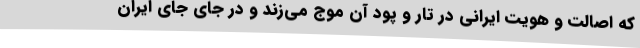
که اصالت و هویت ایرانی در تار و پود آن موج می‌زند و در جای جای ایران